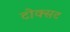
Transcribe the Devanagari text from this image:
टोक्सट